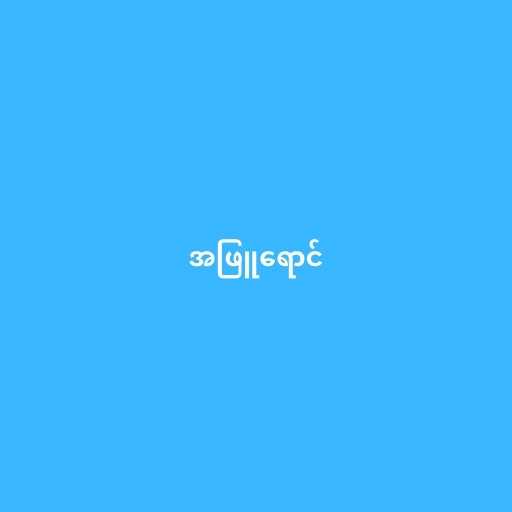
အဖြူရောင်